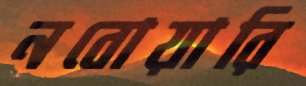
নবোয়ারি